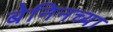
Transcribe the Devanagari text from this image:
बेनिनच्या